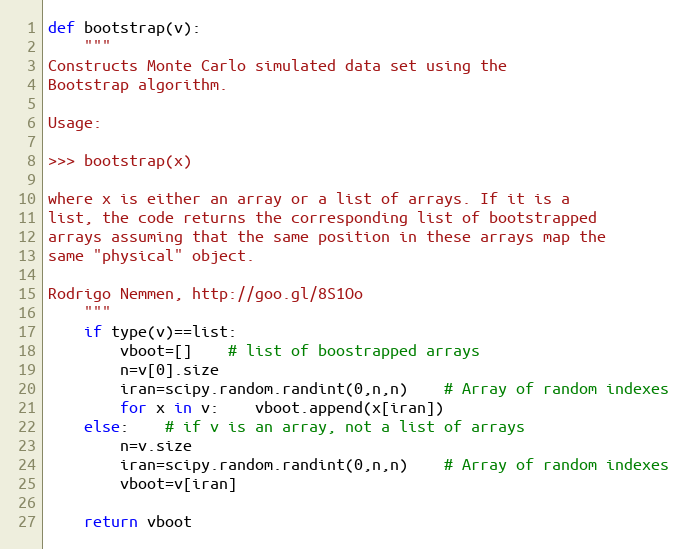
Language: Python
def bootstrap(v):
	"""
Constructs Monte Carlo simulated data set using the
Bootstrap algorithm.

Usage:

>>> bootstrap(x)

where x is either an array or a list of arrays. If it is a
list, the code returns the corresponding list of bootstrapped
arrays assuming that the same position in these arrays map the
same "physical" object.

Rodrigo Nemmen, http://goo.gl/8S1Oo
	"""
	if type(v)==list:
		vboot=[]	# list of boostrapped arrays
		n=v[0].size
		iran=scipy.random.randint(0,n,n)	# Array of random indexes
		for x in v:	vboot.append(x[iran])
	else:	# if v is an array, not a list of arrays
		n=v.size
		iran=scipy.random.randint(0,n,n)	# Array of random indexes
		vboot=v[iran]

	return vboot